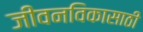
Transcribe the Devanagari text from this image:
जीवनविकासाठी